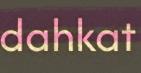
dahkat